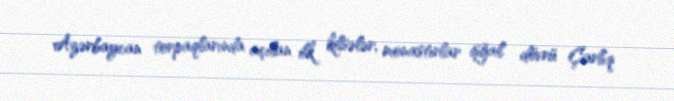
Azərbaycan torpaqlarında açılan ilk kilsələr, monastırlar işğal dövrü Çarlıq